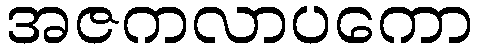
အဇကလာပကော